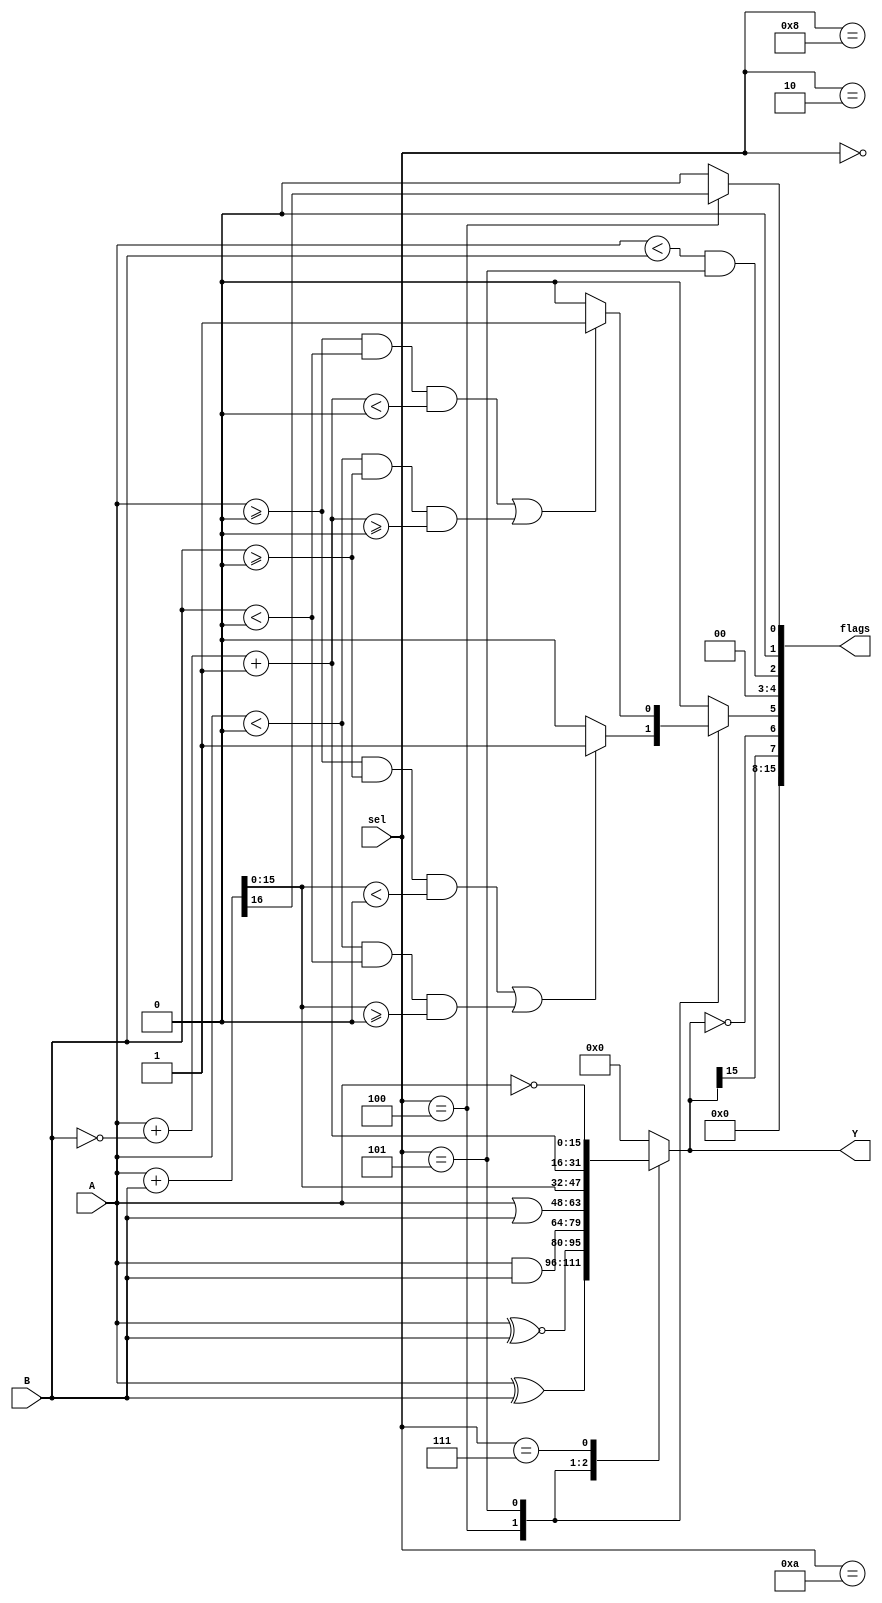
module aluparam_behav
	#( parameter BITSIZE = 16)
	( output [BITSIZE-1:0] Y,
	  output [15:0] flags,
	  input [BITSIZE-1:0] A,
	  input [BITSIZE-1:0] B,
	  input [3:0] sel
    );
	 
	 
	 reg [BITSIZE-1:0] outreg;
	 reg [15:0] flagreg;
	 
	 reg carry;
	 reg overflow;
	 reg trash;
	 
	 always @(A, B, sel) begin
		
		flagreg = 0;
		carry = 0;
		trash = 0;
		overflow = 0;
		
		case(sel)
			4'b0000: begin
							outreg = A ^ B;
						end
			4'b0010: begin
							outreg = A ~^ B;
						end
			4'b1000: begin
							outreg = A & B;
						end
			4'b1010: begin
							outreg = A | B;
						end
			4'b0100: begin
							{carry, outreg} = A + B;
							overflow = (($signed(A) >= 0 && $signed(B) >= 0 && $signed(outreg) < 0) || ($signed(A) < 0 && $signed(B) < 0 && $signed(outreg) >= 0)) ? 1 : 0;
						end
			4'b0101: begin
							{trash, outreg} = A + ~B + 1;
							overflow = (($signed(A) >= 0 && $signed(B) < 0 && $signed(outreg) < 0) || ($signed(A) < 0 && $signed(B) >= 0 && $signed(outreg) >= 0)) ? 1 : 0;
						end
			4'b0111: begin
							outreg = ~A;
						end
			
			default: begin 
							outreg = 0; 
							flagreg = 0;
						end
			
		endcase
		
		flagreg[0] = carry;	// Carry
		flagreg[2] = (A < B) && (sel == 4'b0101);	// Low
		flagreg[5] = overflow; // Overflow
		flagreg[6] = (outreg == 16'b0); // Zero Flag
		flagreg[7] = outreg[BITSIZE-1]; // Negative (Sign) Flag
	 end
	 
	 assign Y = outreg;
	 assign flags = flagreg;
		
endmodule